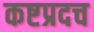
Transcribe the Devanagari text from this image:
कष्टप्रदच